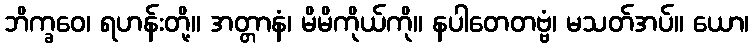
ဘိက္ခဝေ၊ ရဟန်းတို့။ အတ္တာနံ၊ မိမိကိုယ်ကို။ နပါတေတဗ္ဗံ၊ မသတ်အပ်။ ယော၊